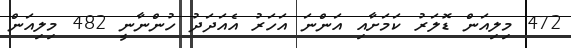
472 މިލިއަން ޑޮލަރު ކަމަށާއި އަންނަ އަހަރު އެއަދަދު ހުންނާނީ 482 މިލިއަން